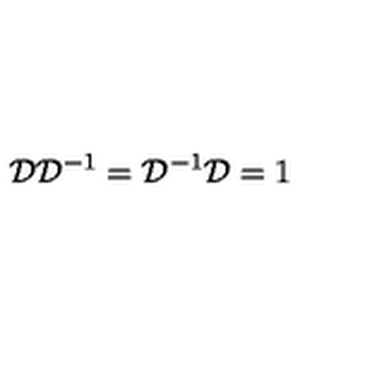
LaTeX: { \cal D } { \cal D } ^ { - 1 } = { \cal D } ^ { - 1 } { \cal D } = 1